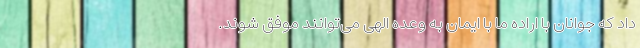
داد که جوانان با اراده ما با ایمان به وعده الهی می‌توانند موفق شوند.